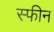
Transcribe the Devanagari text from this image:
स्फीन